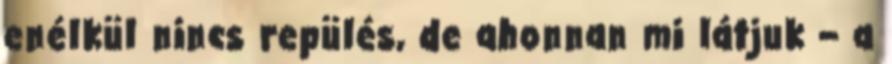
enélkül nincs repülés, de ahonnan mi látjuk – a